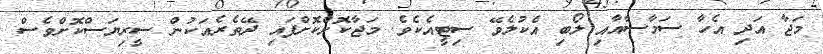
މަޖާ އަދި އެހާ ސަމާސާއާއި ލޯބި އެކުލެވޭ ސިޓީއެކެވެ. މަޖާކޮށްކޮށްފައި ދޭތެރެއަކުން ސީރިޔަސްކޮށްވެސް